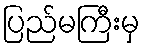
ပြည်မကြီးမှ